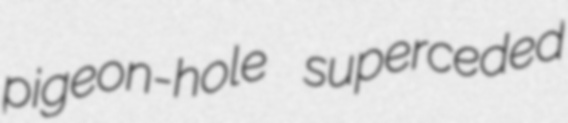
pigeon-hole superceded